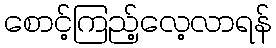
စောင့်ကြည့်လေ့လာရန်